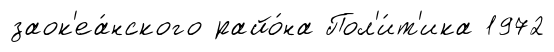
заок'еа́нского райо́на Пол'и́т'ика 1972